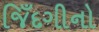
જિઁદગીનો